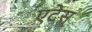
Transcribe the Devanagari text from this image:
एटेस